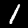
Digit: 1